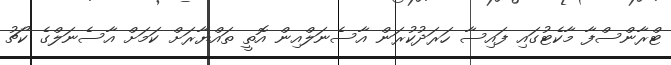
ޓްރާންސްފާ މާކެޓުގައި ފައިސާ ހަރަދުކުރަން އާސެނަލްއިން އޮތީ ތައްޔާރަށް ކަމަށް އާސެނަލްގެ ކޯޗު